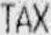
TAX